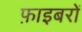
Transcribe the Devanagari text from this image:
फ़ाइबरों